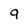
Character: 9